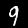
Digit: 9